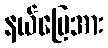
နယ်မြေအား